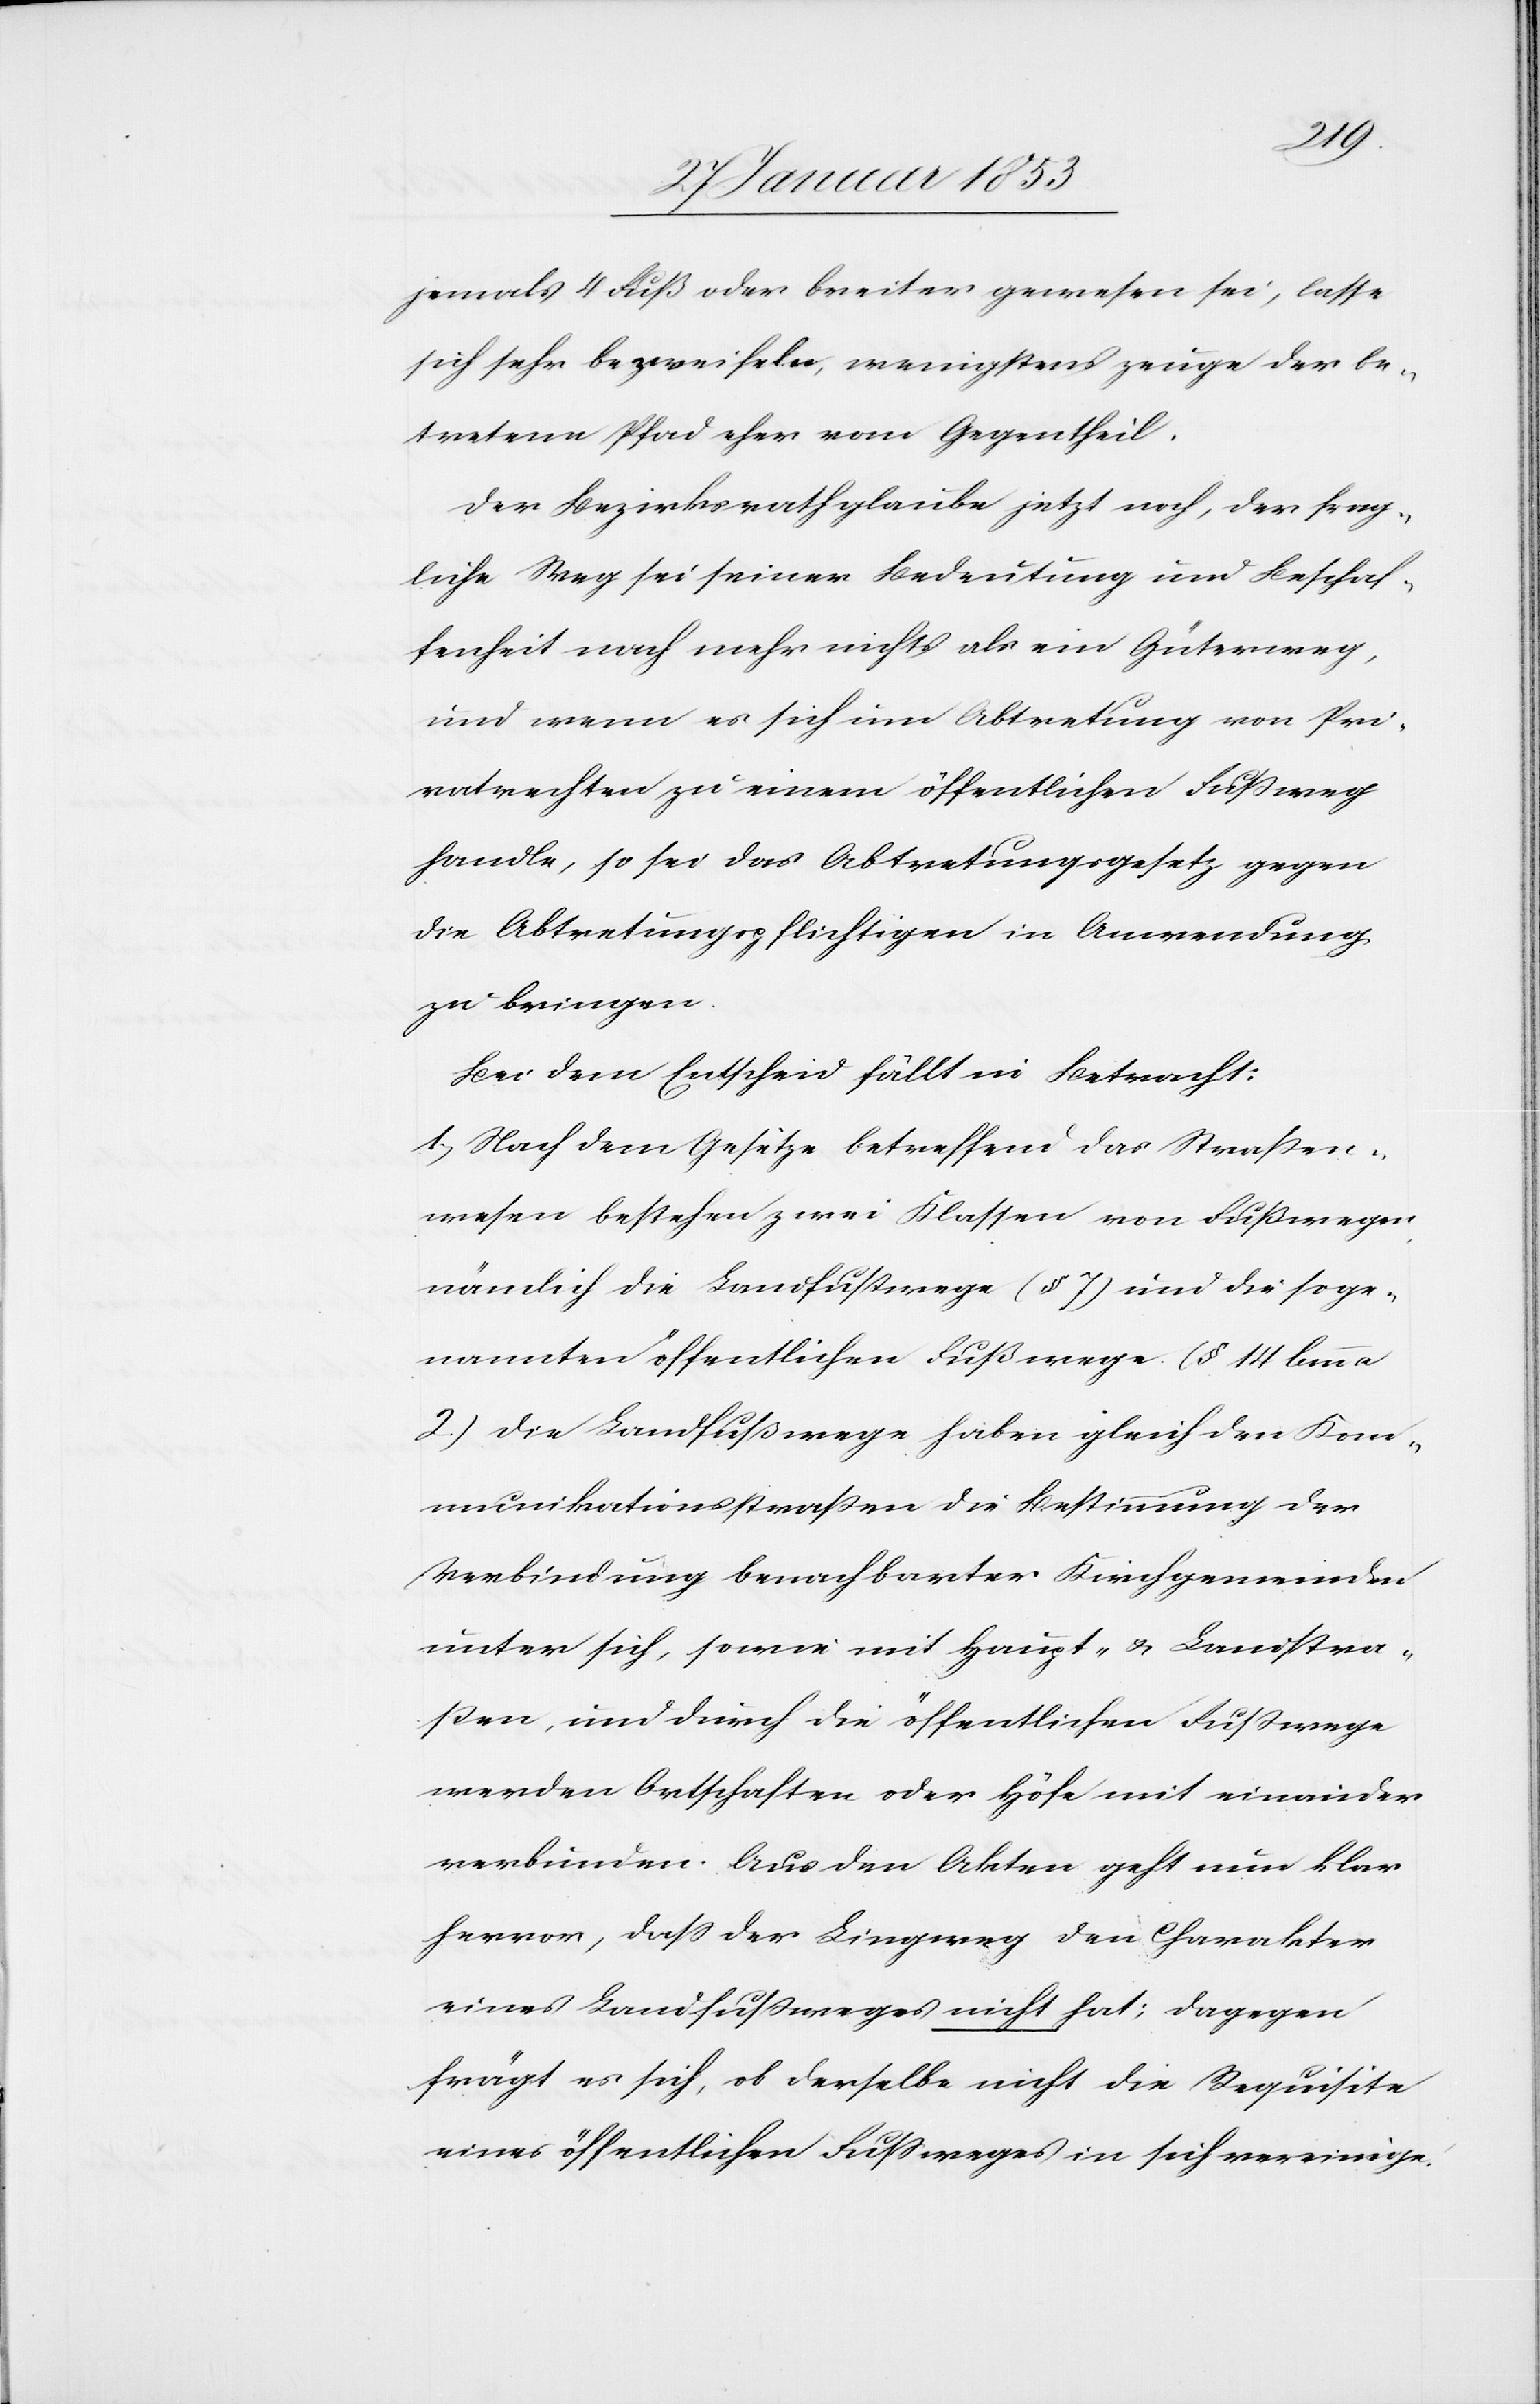
jemals 4 Fuß oder breiter gewesen sei, lasse
sich sehr bezweifeln, wenigstens, zeuge der be¬
tretene Pfad eher vom Gegentheil.
Der Bezirksrath glaube jetzt noch, der frag¬
liche Weg sei seiner Bedeutung und Beschaf¬
fenheit nach mehr nichts [sic!] als ein Güterweg,
und wenn es sich um Abtretung von Pri¬
vatrechten zu einem öffentlichen Fußweg
handle, so sei das Abtretungsgesetz gegen
die Abtretungspflichtigen in Anwendung
zu bringen.
Bei dem Entscheid fällt in Betracht:
1) Nach dem Gesetze betreffend das Straßen¬
wesen bestehen zwei Klassen von Fußwegen
nämlich die Landfußwege (§ 7) und die soge¬
nannten öffentlichen Fußwege (§ 14 lemma
2) die Landfußwege haben gleich den Kom¬
munikationsstraßen die Bestimmung der
Verbindung benachbarter Kirchgemeinden
unter sich, sowie mit Haupt- u. Landstra¬
ßen, und durch die öffentlichen Fußwege
werden Ortschaften oder Höfe mit einander
verbunden. Aus den Akten geht nun klar
hervor, daß der Lingweg den Charakter
eines Landfußweges nicht hat; dagegen
frägt es sich, ob derselbe nicht die Requisite
eines öffentlichen Fußweges in sich vereinige.